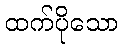
ထက်ပိုသော